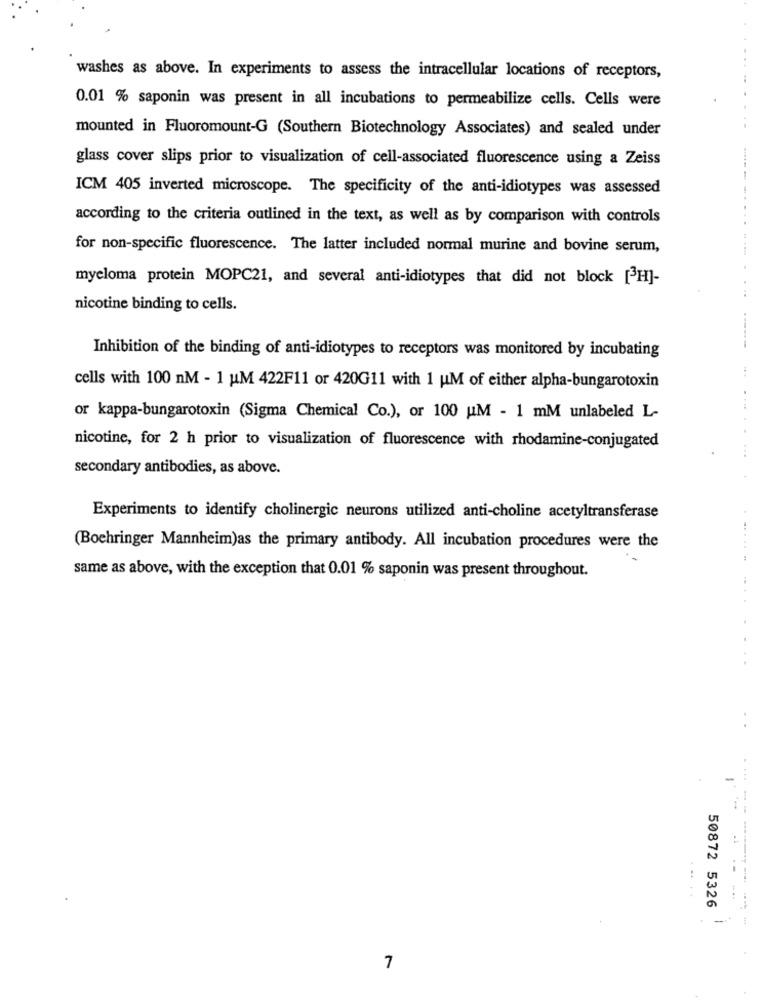
washes as above. In experiments to assess the intracellular locations of receptors,
0.01 % saponin was present in all incubations to permeabilize cells. Cells were
mounted in Fluoromount-G (Southern Biotechnology Associates) and sealed under
glass cover slips prior to visualization of cell-associated fluorescence using a Zeiss
ICM 405 inverted microscope. The specificity of the anti-idiotypes was assessed
according to the criteria outlined in the text, as well as by comparison with controls
for non-specific fluorescence. The latter included normal murine and bovine serum,
myeloma protein MOPC21, and several anti-idiotypes that did not block [H]-
nicotine binding to cells.
Inhibition of the binding of anti-idiotypes to receptors was monitored by incubating
cells with 100 nM - 1 uM 422F11 or 420G11 with 1 UM of either alpha-bungarotoxin
or kappa-bungarotoxin (Sigma Chemical Co.), or 100 UM - 1 mM unlabeled L-
nicotine, for 2 h prior to visualization of fluorescence with rhodamine-conjugated
secondary antibodies, as above.
Experiments to identify cholinergic neurons utilized anti-choline acetyltransferase
.. .
(Boehringer Mannheim)as the primary antibody. All incubation procedures were the
same as above, with the exception that 0.01 % saponin was present throughout.
50872 5326
-
...----------
7